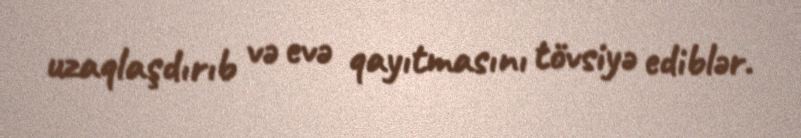
uzaqlaşdırıb və evə qayıtmasını tövsiyə ediblər.